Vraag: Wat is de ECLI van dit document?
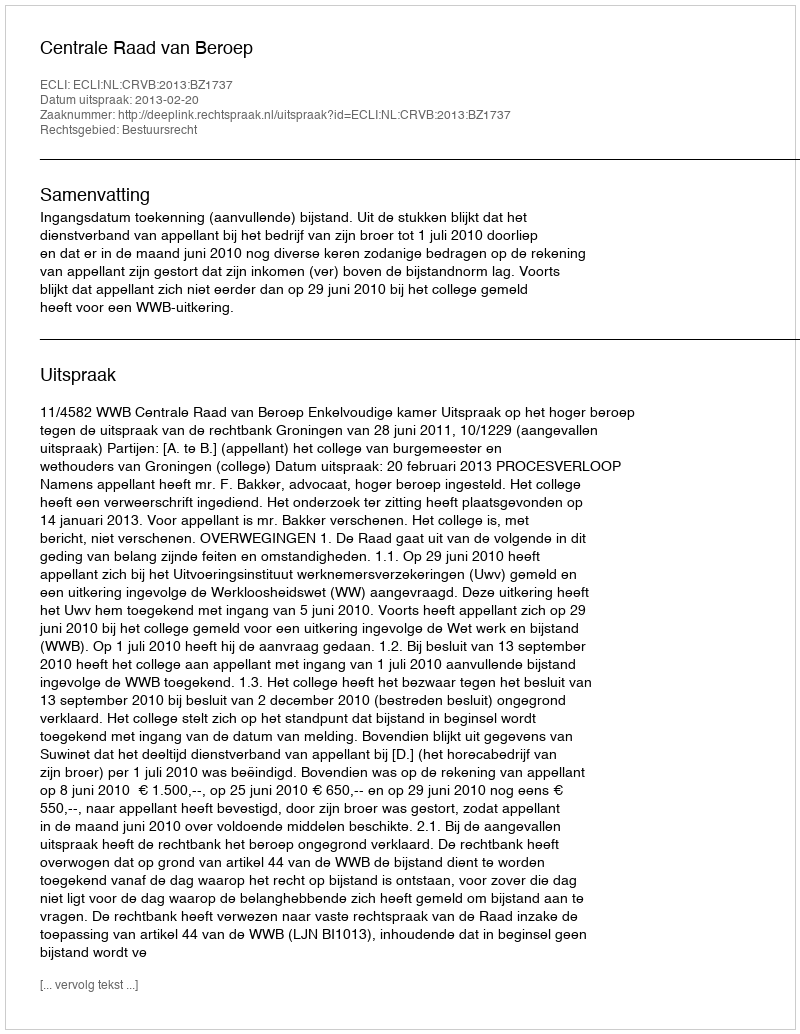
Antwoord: ECLI:NL:CRVB:2013:BZ1737